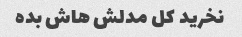
نخرید کل مدلش هاش بده